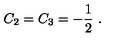
C _ { 2 } = C _ { 3 } = - \frac { 1 } { 2 } \ .